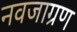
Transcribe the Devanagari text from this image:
नवजाग्रण